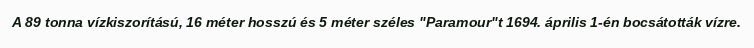
A 89 tonna vízkiszorítású, 16 méter hosszú és 5 méter széles "Paramour"t 1694. április 1-én bocsátották vízre.